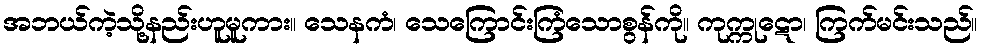
အဘယ်ကဲ့သို့နည်းဟူမူကား။ သေနကံ၊ သေကြောင်းကြံသောစွန်ကို။ ကုက္ကုဋော၊ ကြက်မင်းသည်။